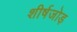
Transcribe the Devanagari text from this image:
शीर्षजोड़